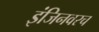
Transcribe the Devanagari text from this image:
इंजिनवरच